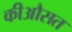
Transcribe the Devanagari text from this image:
कीऔसत